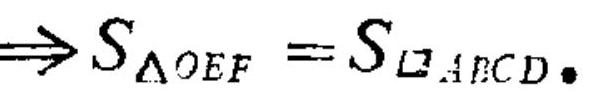
$\Longrightarrow S_{\Delta OEF}=S_{\square ABCD}.$